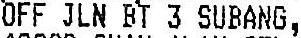
OFF JLN BT 3 SUBANG,